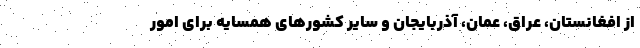
از افغانستان، عراق،‌ عمان، آذربایجان و سایر کشورهای همسایه برای امور